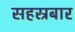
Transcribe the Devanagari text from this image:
सहस्रबार